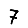
Digit: 7